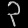
Digit: ၃